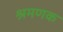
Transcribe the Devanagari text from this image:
श्रमणक